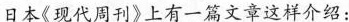
日本《现代周刊》上有一篇文章这样介绍：